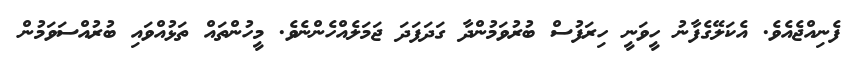
ފެނިއްޖެއެވެ. އެކަލޭގެފާނު ހީވަނީ ހިރަފުސް ބުރުވަމުންދާ ގަދަފަދަ ޖަމަލެއްހެންނެވެ. މީހުންތައް ތަޅުއްވައި ބުރުއްސަވަމުން